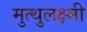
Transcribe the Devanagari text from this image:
मुत्थुलक्ष्मी